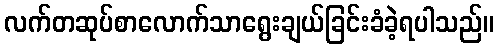
လက်တဆုပ်စာလောက်သာရွေးချယ်ခြင်းခံခဲ့ရပါသည်။